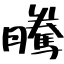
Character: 騰